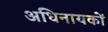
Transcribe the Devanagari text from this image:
अधिनायकों